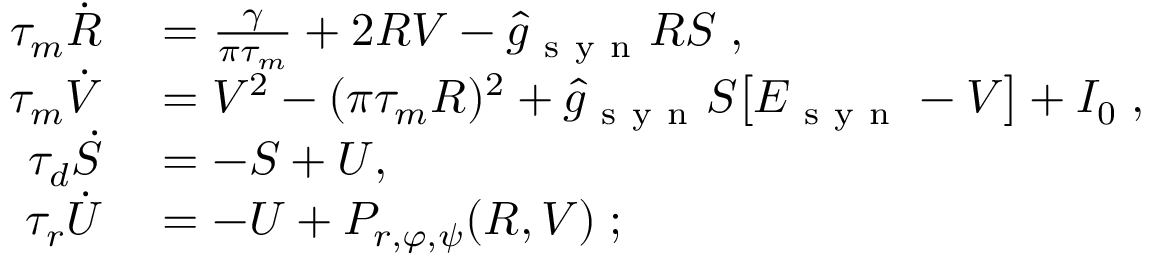
\begin{array} { r l } { \tau _ { m } \dot { R } } & { { } = \frac { \gamma } { \pi \tau _ { m } } + 2 R V - \hat { g } _ { \mathrm { ~ s ~ y ~ n ~ } } R S \; , } \\ { \tau _ { m } \dot { V } } & { { } = V ^ { 2 } - ( \pi \tau _ { m } R ) ^ { 2 } + \hat { g } _ { \mathrm { ~ s ~ y ~ n ~ } } S \big [ E _ { \mathrm { ~ s ~ y ~ n ~ } } - V \big ] + I _ { 0 } \; , } \\ { \tau _ { d } \dot { S } } & { { } = - S + U , \; } \\ { \tau _ { r } \dot { U } } & { { } = - U + P _ { r , \varphi , \psi } ( R , V ) \; ; } \end{array}